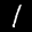
Label: 1